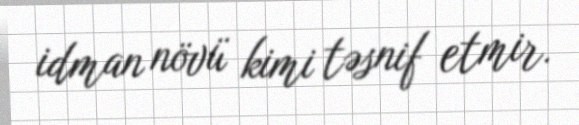
idman növü kimi təsnif etmir.